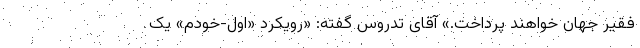
فقیر جهان خواهند پرداخت.» آقای تدروس گفته: «رویکرد «اول-خودم» یک